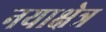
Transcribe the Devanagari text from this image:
नयाक्षेत्र